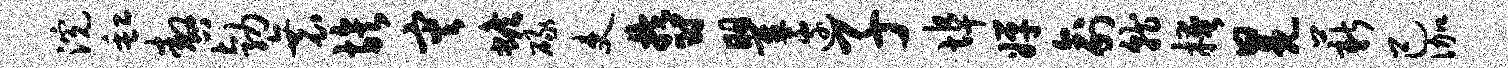
浣缸嗷勃衰族灾蟾碌吏郁瞿边子埠婵俞就掩冕薪己伽